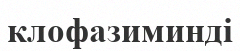
клофазиминді